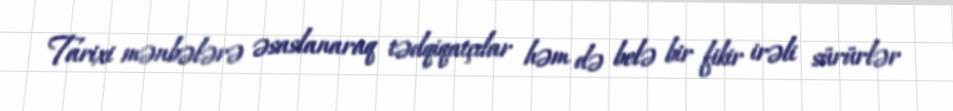
Tarixi mənbələrə əsaslanaraq tədqiqatçılar həm də belə bir fikir irəli sürürlər